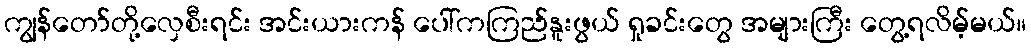
ကျွန်တော်တို့လှေစီးရင်း အင်းယားကန် ပေါ်ကကြည်နူးဖွယ် ရှုခင်းတွေ အများကြီး တွေ့ရလိမ့်မယ်။